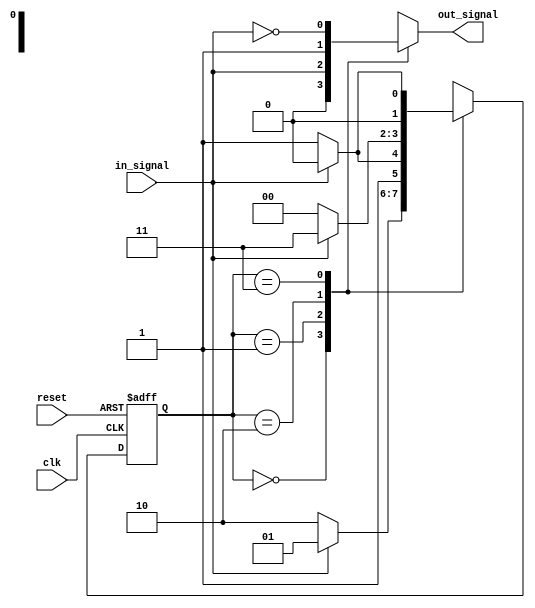
module mealy_state_machine (
    input wire clk,
    input wire reset,
    input wire in_signal,
    output wire out_signal
);

// Define states
parameter STATE0 = 2'b00;
parameter STATE1 = 2'b01;
parameter STATE2 = 2'b10;
parameter STATE3 = 2'b11;

// Define state register
reg [1:0] state_reg;
reg out_reg;

// State transition logic
always @ (posedge clk or posedge reset) begin
    if (reset) begin
        state_reg <= STATE0;
    end else begin
        case (state_reg)
            STATE0: begin
                if (in_signal) begin
                    state_reg <= STATE1;
                end else begin
                    state_reg <= STATE2;
                end
            end
            STATE1: begin
                if (in_signal) begin
                    state_reg <= STATE2;
                end else begin
                    state_reg <= STATE3;
                end
            end
            STATE2: begin
                if (in_signal) begin
                    state_reg <= STATE3;
                end else begin
                    state_reg <= STATE0;
                end
            end
            STATE3: begin
                if (in_signal) begin
                    state_reg <= STATE0;
                end else begin
                    state_reg <= STATE1;
                end
            end
        endcase
    end
end

// Output logic
always @ (*) begin
    case (state_reg)
        STATE0: out_reg = 1'b0;
        STATE1: out_reg = in_signal;
        STATE2: out_reg = 1'b1;
        STATE3: out_reg = ~in_signal;
    endcase
end

// Assign output
assign out_signal = out_reg;

endmodule